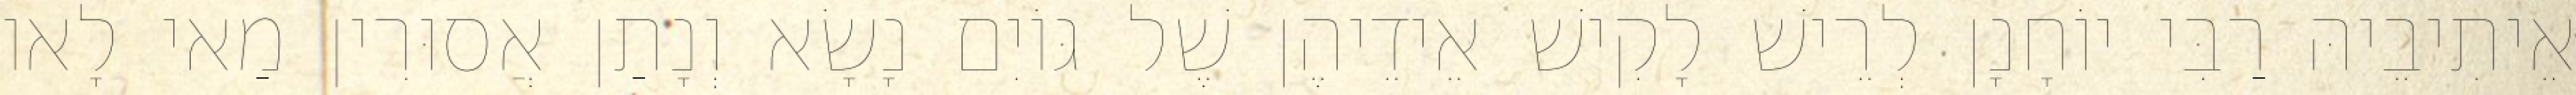
אֵיתִיבֵיהּ רַבִּי יוֹחָנָן לְרֵישׁ לָקִישׁ אֵידֵיהֶן שֶׁל גּוֹיִם נָשָׂא וְנָתַן אֲסוּרִין מַאי לָאו